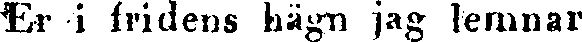
Er i fridens hägn jag lernnar